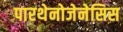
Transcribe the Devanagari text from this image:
पारथेनोजेनेसिस